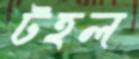
টহল